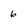
Character: 6